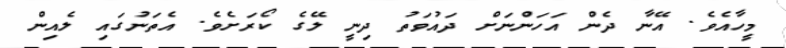
މީހާއެވެ. އޭނާ ދެން އަހަންނަށް ދައުވަތު ދިނީ ލޭގެ ކޯރަށެވެ. އެތަނުގައި ލެއިން